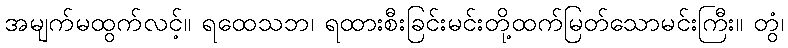
အမျက်မထွက်လင့်။ ရထေသဘ၊ ရထားစီးခြင်းမင်းတို့ထက်မြတ်သောမင်းကြီး။ တွံ၊